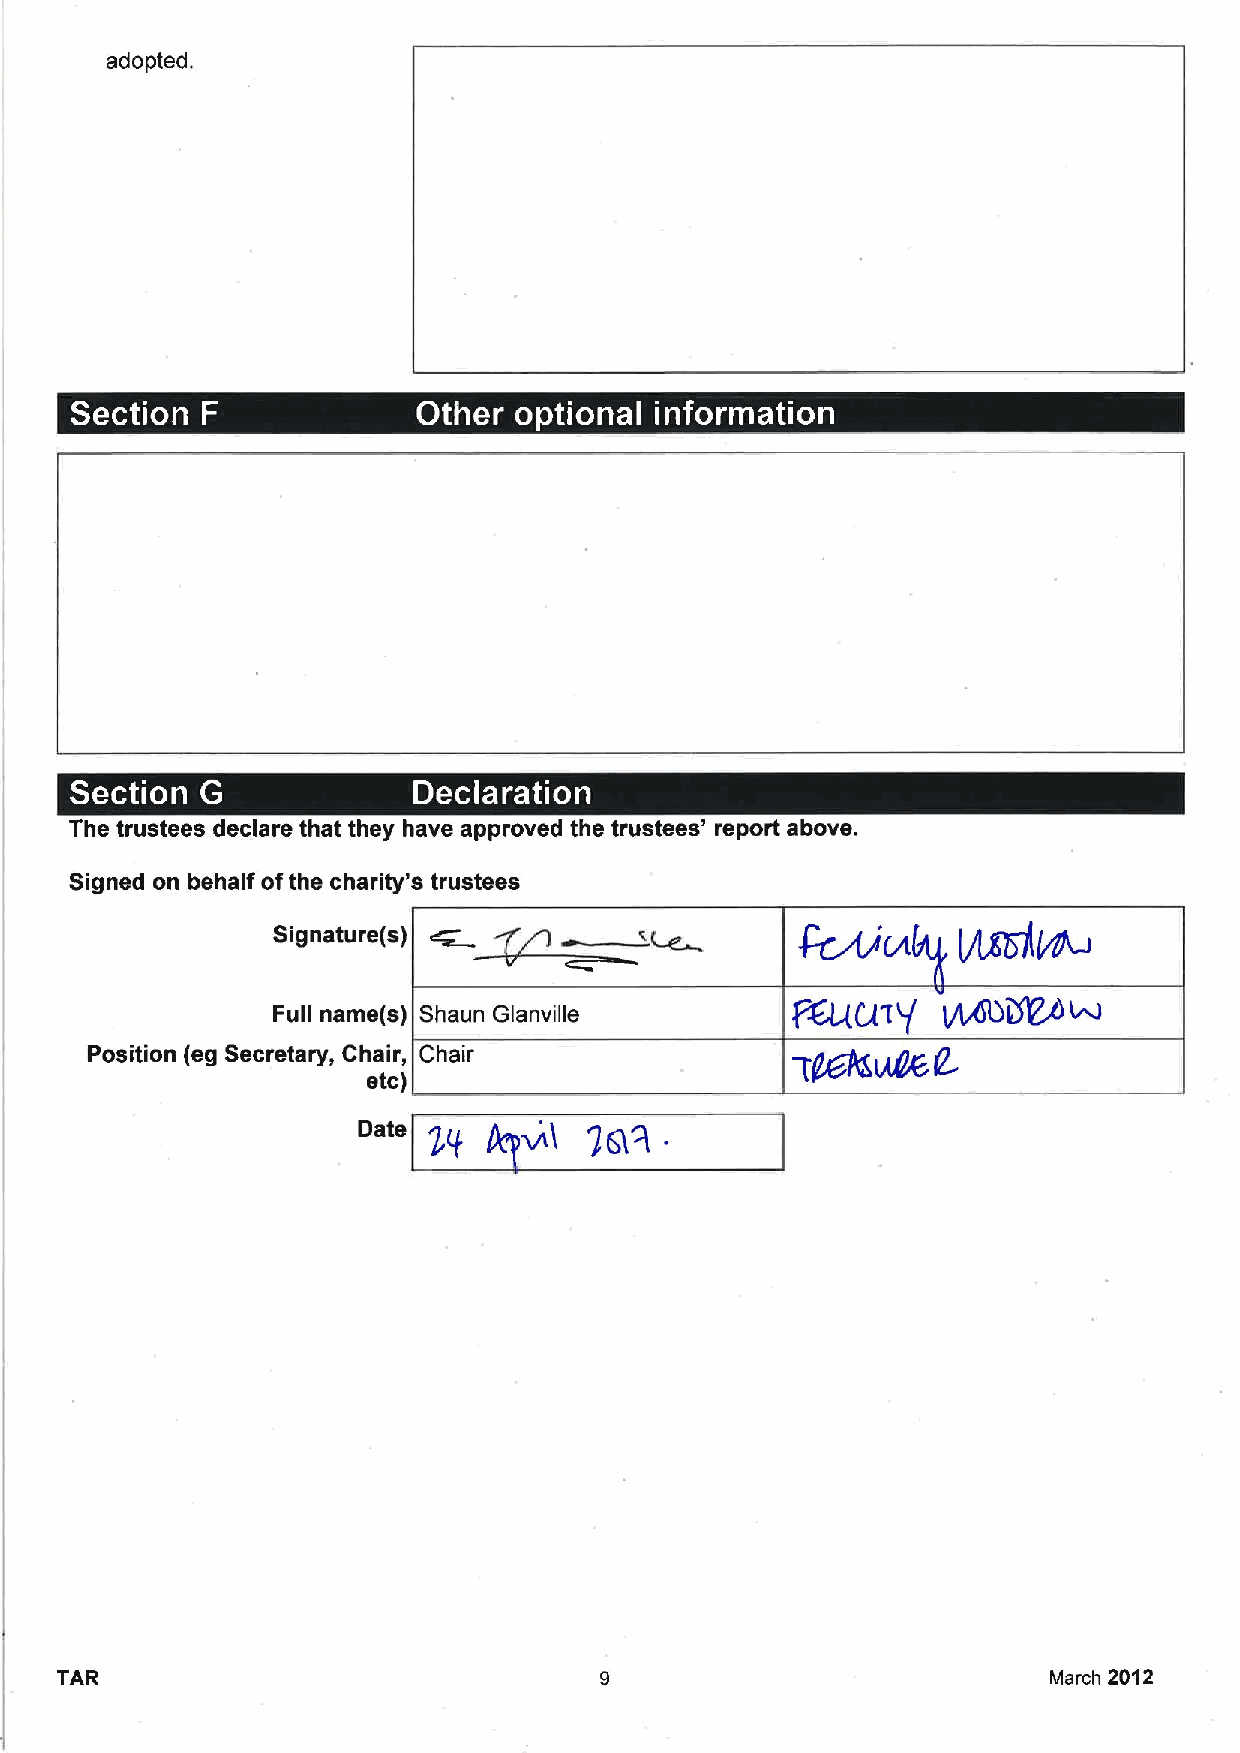
adopted.
 ~   -
 ~ ~ ~       ~      ~
 ~-
 The trustees declare that they have approved the trustees' report above.
 Signed on behalf ofthe charity's trustees
 Signature(s)
 Full name(s) Shaun Glanville      Fcuu~p    vgoaEew
 Position (eg Secretary, Chair, Chair
 etc)
 Date      w(   |QR  .
 2P
 TAR                                                               March 2012